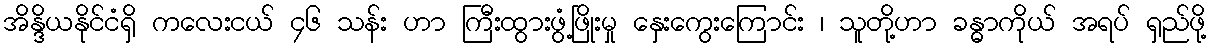
အိန္ဒိယနိုင်ငံရှိ ကလေးငယ် ၄၆ သန်း ဟာ ကြီးထွားဖွံ့ဖြိုးမှု နှေးကွေးကြောင်း ၊ သူတို့ဟာ ခန္ဓာကိုယ် အရပ် ရှည်ဖို့